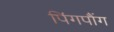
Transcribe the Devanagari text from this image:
पिंगपौंग